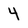
Character: 4